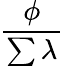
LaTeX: \frac{\phi}{\sum\lambda}